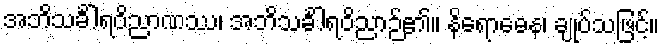
အဘိသင်္ခါရဝိညာဏဿ၊ အဘိသင်္ခါရဝိညာဉ်၏။ နိရောဓေန၊ ချုပ်သဖြင့်။